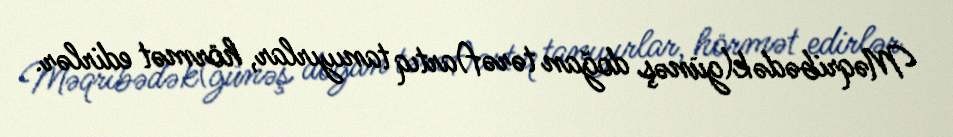
Məqribədək(günəş doğan tərəf)artıq tanıyırlar, hörmət edirlər.